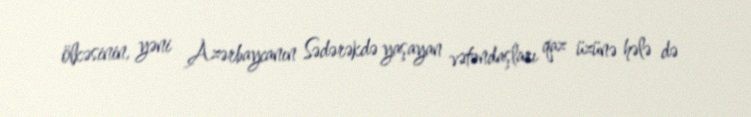
ölkəsinin, yəni Azərbaycanın Sədərəkdə yaşayan vətəndaşları qaz üzünə hələ də